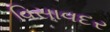
વિસાવદર